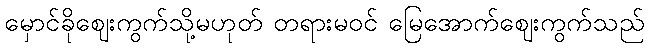
မှောင်ခိုဈေးကွက်သို့မဟုတ် တရားမဝင် မြေအောက်ဈေးကွက်သည်